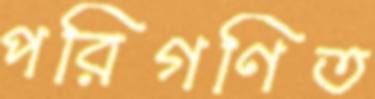
পরিগণিত